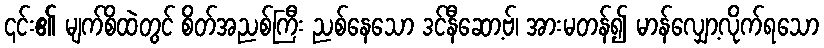
၎င်း၏ မျက်စိထဲတွင် စိတ်အညစ်ကြီး ညစ်နေသော ဒင်နီဆော့ဗ်၊ အားမတန်၍ မာန်လျှော့လိုက်ရသော